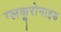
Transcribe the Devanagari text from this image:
ग्लकूरोनाइड